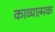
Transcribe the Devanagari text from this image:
काव्‍यात्‍मक